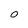
Character: 0